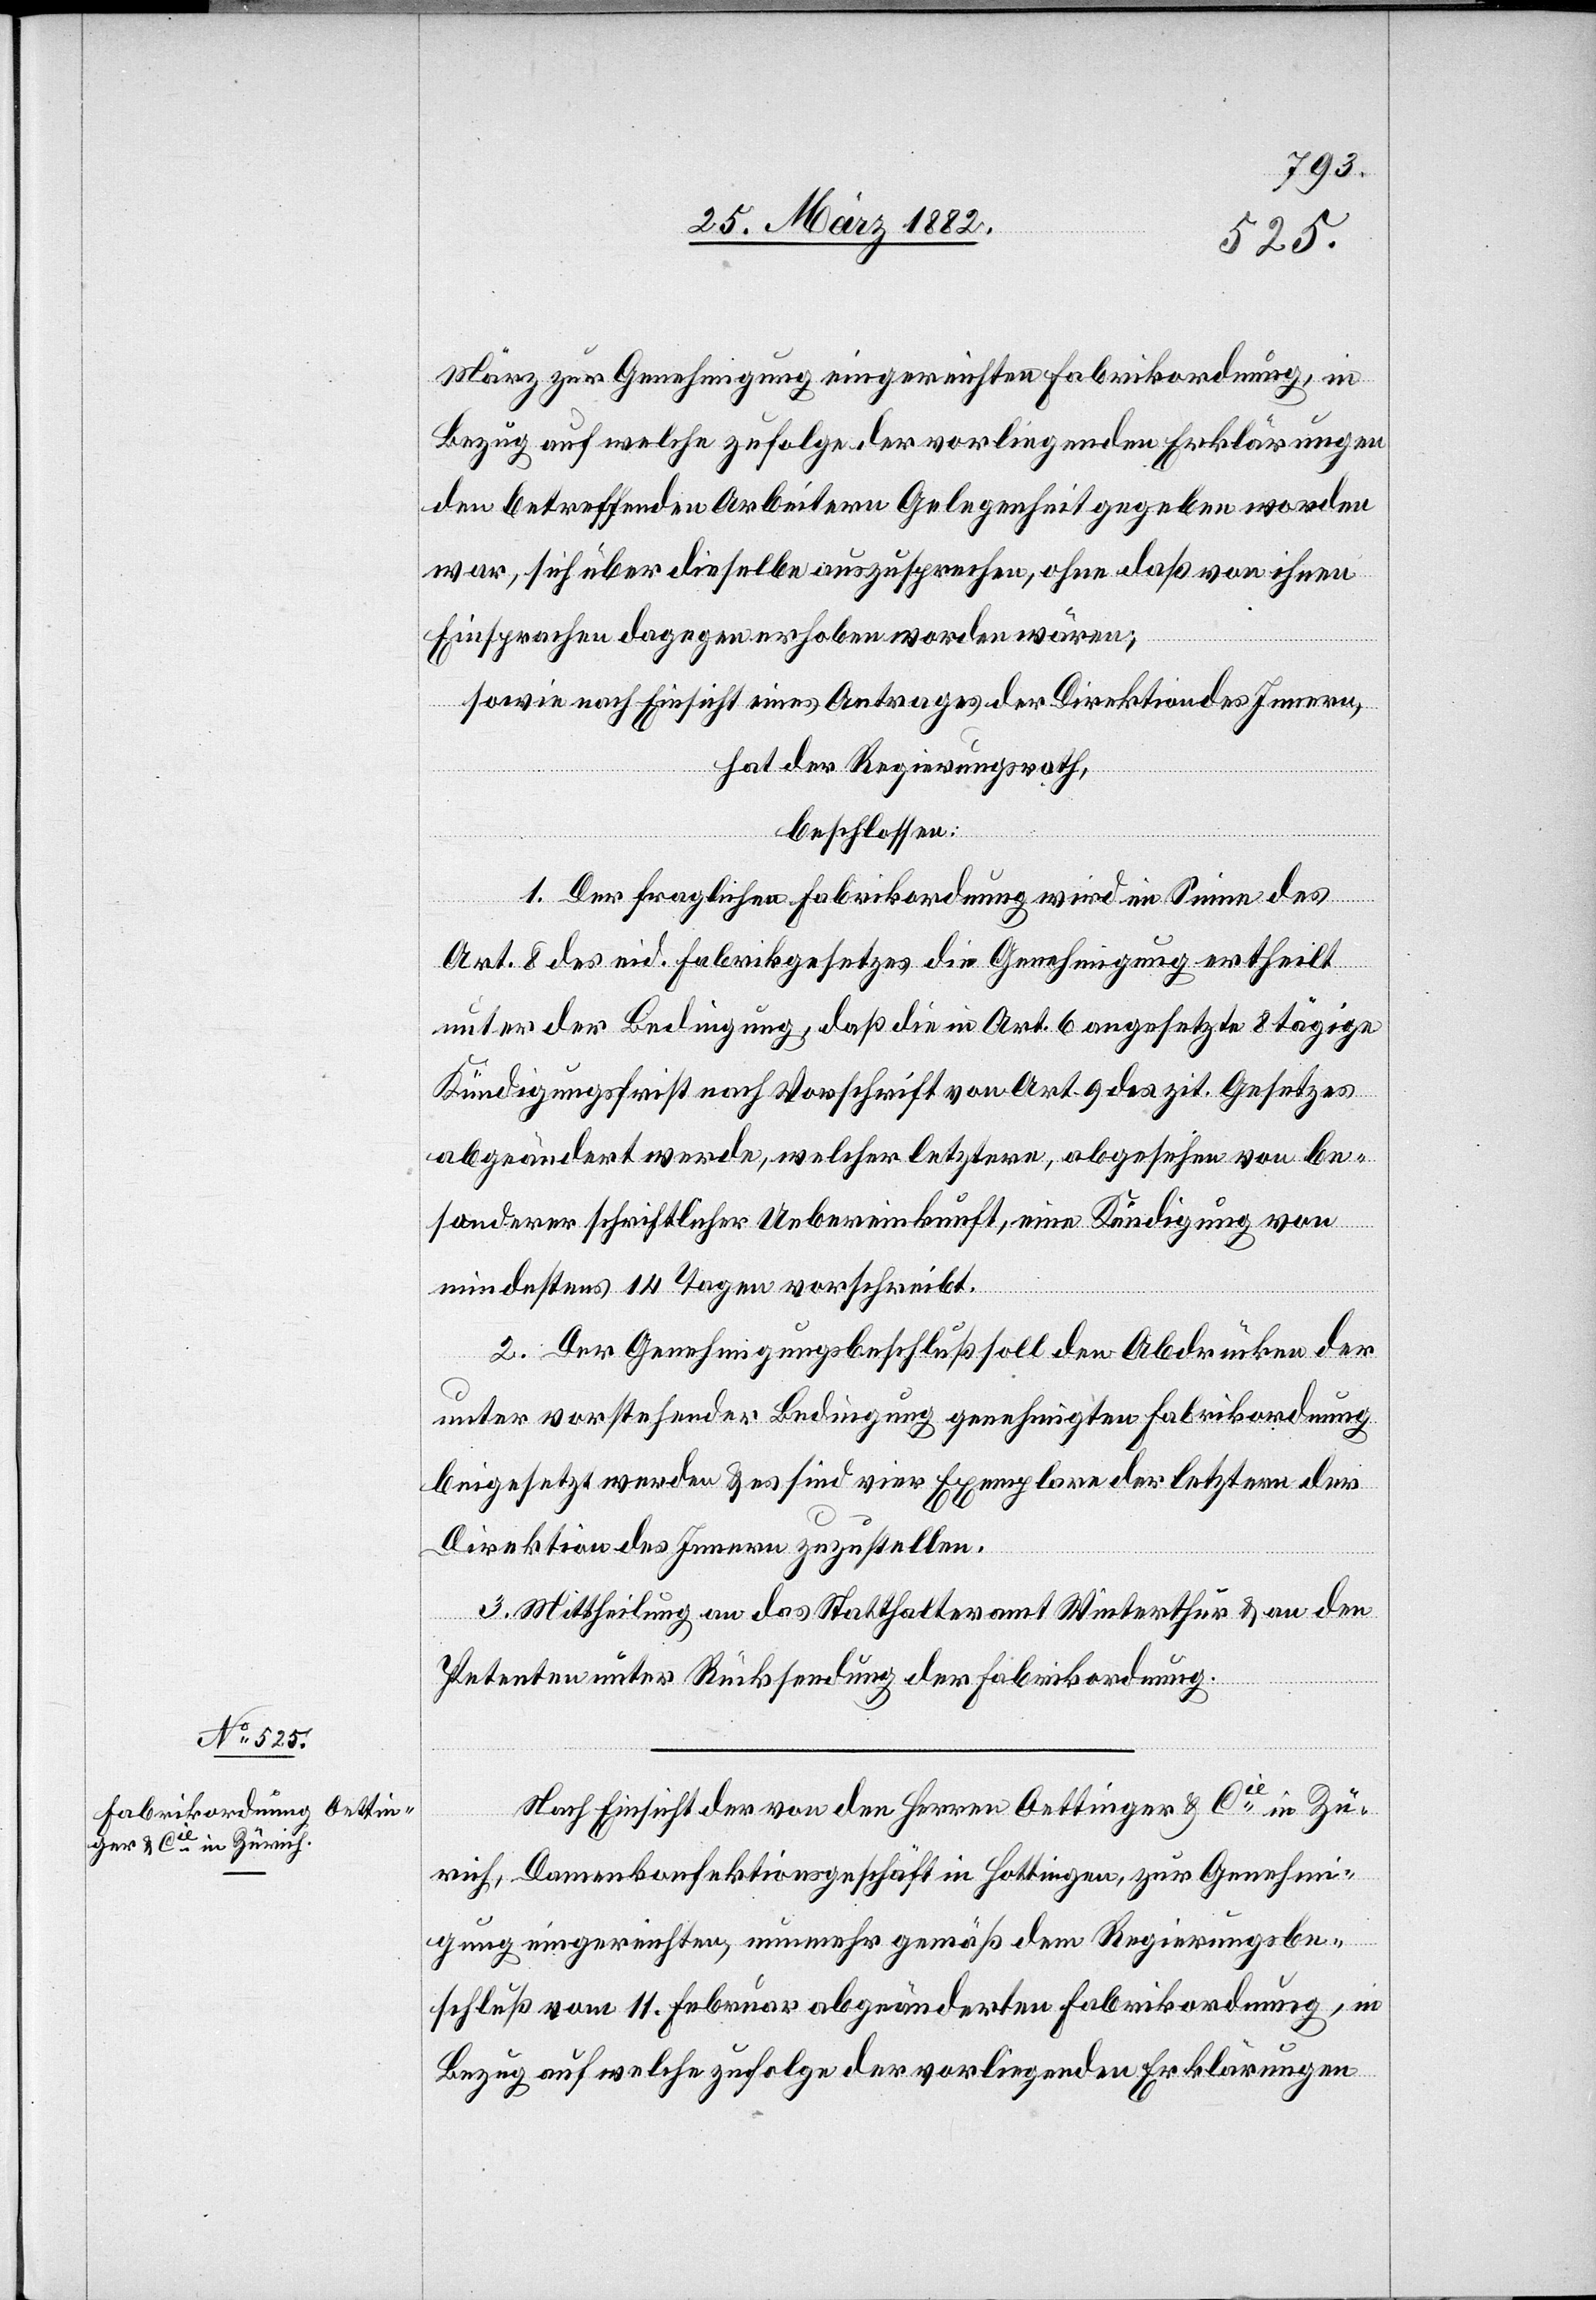
März zur Genehmigung eingereichten Fabrikordnung, in
Bezug auf welche zufolge der vorliegenden Erklärungen
den betreffenden Arbeitern Gelegenheit gegeben worden
war, sich über dieselbe auszusprechen, ohne daß von ihnen
Einsprachen dagegen erhoben worden wären;
sowie nach Einsicht eines Antrages der Direktion des Innern,
hat der Regierungsrath,
beschlossen:
1. Der fraglichen Fabrikordnung wird im Sinne des
Art. 8 des eid. Fabrikgesetzes die Genehmigung ertheilt
unter der Bedingung, daß die in Art. 6 angesetzte 8tägige
Kündigungsfrist nach Vorschrift von Art. 9 des zit. Gesetzes
abgeändert werde, welcher letztere, abgesehen von be¬
sonderer schriftlicher Uebereinkunft, eine Kündigung von
mindestens 14 Tagen vorschreibt.
2. Der Genehmigungsbeschluß soll den Abdrücken der
unter vorstehender Bedingung genehmigten Fabrikordnung
beigesetzt werden & es sind vier Exemplare der letztern der
Direktion des Innern zuzustellen.
3. Mittheilung an das Statthalteramt Winterthur & an den
Petenten unter Rücksendung der Fabrikordnung.
Nach Einsicht der von den Herren Oettinger & Cie in Zü¬
rich, Damenkonfektionsgeschäft in Hottingen, zur Genehmi¬
gung eingereichten, nunmehr gemäß dem Regierungsbe¬
schluß vom 11. Februar abgeänderten Fabrikordnung, in
Bezug auf welche zufolge der vorliegenden Erklärungen